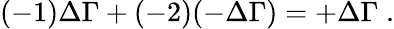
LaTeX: (-1)\Delta\Gamma+(-2)(-\Delta\Gamma)=+\Delta\Gamma\; .